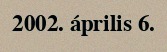
2002. április 6.